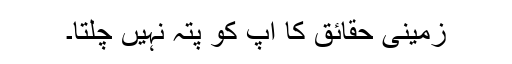
زمینی حقائق کا آپ کو پتہ نہیں چلتا۔